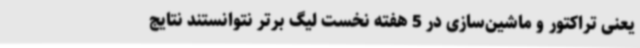
یعنی تراکتور و ماشین‌سازی در 5 هفته نخست لیگ برتر نتوانستند نتایج